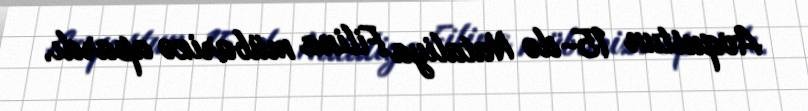
Avqustun 15-də Nataliya Filina mübarizə apardı.